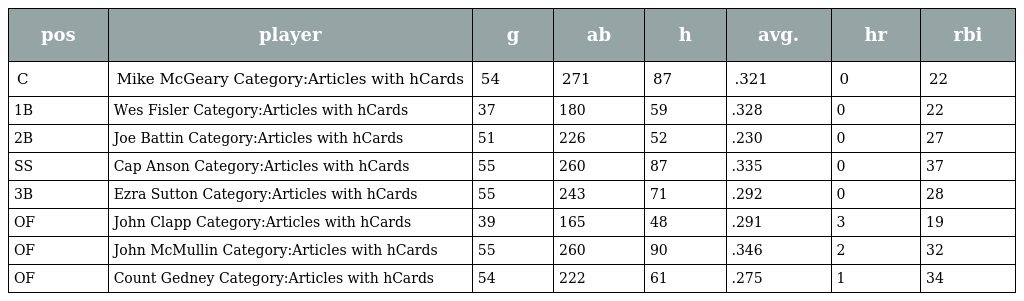
| pos | player | g | ab | h | avg. | hr | rbi |
 | --- | --- | --- | --- | --- | --- | --- | --- |
 | C | Mike McGeary Category:Articles with hCards | 54 | 271 | 87 | .321 | 0 | 22 |
 | 1B | Wes Fisler Category:Articles with hCards | 37 | 180 | 59 | .328 | 0 | 22 |
 | 2B | Joe Battin Category:Articles with hCards | 51 | 226 | 52 | .230 | 0 | 27 |
 | SS | Cap Anson Category:Articles with hCards | 55 | 260 | 87 | .335 | 0 | 37 |
 | 3B | Ezra Sutton Category:Articles with hCards | 55 | 243 | 71 | .292 | 0 | 28 |
 | OF | John Clapp Category:Articles with hCards | 39 | 165 | 48 | .291 | 3 | 19 |
 | OF | John McMullin Category:Articles with hCards | 55 | 260 | 90 | .346 | 2 | 32 |
 | OF | Count Gedney Category:Articles with hCards | 54 | 222 | 61 | .275 | 1 | 34 |